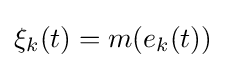
\xi _{k}(t)=m(e_{k}(t))